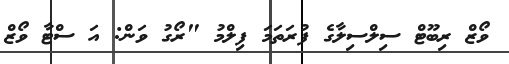
ވޯޒް ރިބޫޓް ސިލްސިލާގެ ފުރަތަމަ ފިލްމު "ރޯގު ވަން: އަ ސްޓާ ވޯޒް